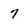
Character: 7